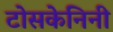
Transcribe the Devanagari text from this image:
टोसकेनिनी